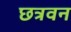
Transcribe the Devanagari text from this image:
छत्रवन